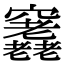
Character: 𥩊